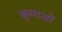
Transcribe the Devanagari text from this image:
कुमाओं